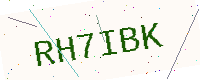
Text: RH7IBK